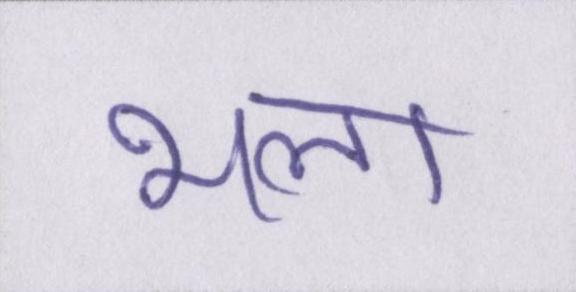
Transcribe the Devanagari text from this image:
भला